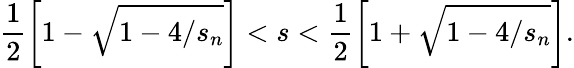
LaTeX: \frac{1}{2}\left[1-\sqrt{1-4/s_{n}}\right]<s<\frac{1}{2}\left[1+\sqrt{1-4/s_{n}}\right].